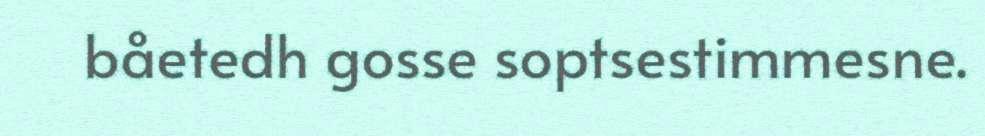
båetedh gosse soptsestimmesne.